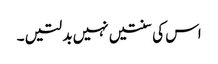
اس کی سنتیں نہیں بدلتیں ۔